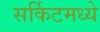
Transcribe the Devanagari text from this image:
सर्किटमध्ये